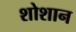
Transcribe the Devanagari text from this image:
शोशान